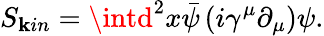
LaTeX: S_{\mathbf{k}in}=\intd^{2}x\bar{{\psi}}\left(i\gamma^{\mu}\partial_{\mu}\right)\psi.